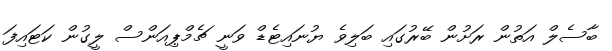
ބާސެލް އަތުން ރަށުން ބޭރުގައި ބަލިވެ ޔުނައިޓެޑް ވަނީ ޗެމްޕިއަންސް ލީގުން ކަޓައިފަ